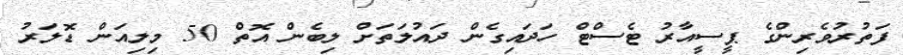
ފަތުރުވެރިންގެ ޕީސީއާރު ޓެސްޓް ހަދައިގެން ދައުލަތަށް ލިބެން އޮތް 50 މިލިއަން ޑޮލަރު